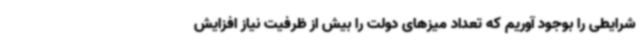
شرایطی را بوجود آوریم که تعداد میزهای دولت را بیش از ظرفیت نیاز افزایش